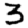
Digit: 3